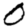
Digit: 0